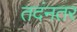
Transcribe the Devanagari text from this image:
तदंनतर